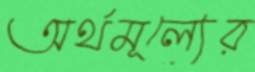
অর্থমূল্যের